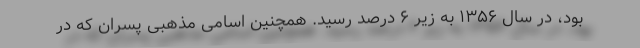
بود، در سال ۱۳۵۶ به زیر ۶ درصد رسید. همچنین اسامی مذهبی پسران که در